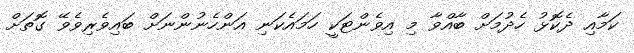
ކަމާއި ދެކޮޅު ހެދުމަށް ބާއްވާ މި އިވެންޓަކީ ހަމައެކަނި އަންހެނުންނަށް ބައިވެރިވެވޭ ގޮތަށް